Medical and sanitary report of the native army of Madras for the year
Year: 1875
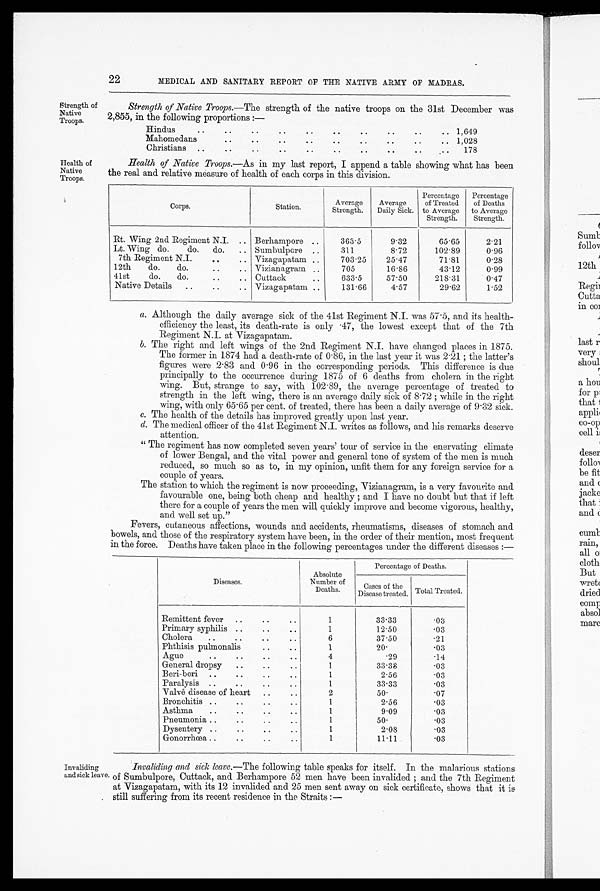
22
MEDICAL AND SANITARY REPORT OF THE NATIVE ARMY OF MADRAS.
Strength of
Native
Troops.
Health of
Native
Troops.
Strength of Native Troops.— The strength of the native troops on the 31st December was
2,855, in the following proportions :—
Hindus
..
..
. .
. . 1,649
Mahomedans
..
..
..
..
..
..
..
..
1,028
Christians
..
..
..
..
..
..
. .
178
Health of Native Troops.—As in my last report, I append a table showing what has been
the real and relative measure of health of each corps in this division.
Corps.
Station.
Average
Strength.
Average
Daily Sick.
Percentage
of Treated
to Average
Strength.
Percentage
of Deaths
to Average
Strength.
Rt. Wing 2nd Regiment N.I.
.. Berhampore ..
363.5
9.32
65.65
2.91
Lt. Wing do.
do.
do.
.. Sumbulpore
..
311
8.72
102.89
0 . 9 6
7th Regiment N.I.
.. ..
Vizagapatam ..
703.25
25.47
71.81
0.28
12th
do.
do.. ..
Vizianagram ..
705
16.86
43.12
0.99
41st
do.
do.. .. . Cuttack
..
633.5
57.50
218.31
0.47
Native Details
.. ..
Vizagapatam ..
131.66
4.57
29.62
1.52
a. Although the daily average sick of the 41st Regiment N.I. Was 57 .5, and its health-
efficiency the least, its death-rate is only .47, the lowest except that of the 7th
Regiment N.I. at Vizagapatam.
b. The right and left wings of the 2nd Regiment N.I. have changed places in 1875.
The former in 1874 had a death-rate of 0 . 86, in the last year it was 2.21 ; the latter’s
figures were 2.83 and 0 . 96 in the corresponding periods. This difference is due
principally to the occurrence during 1875 of 6 deaths from cholera in the right
wing. But, strange to say, with 102.89, the average percentage of treated to
strength in the left wing, there is an average daily sick of 8.72 ; while in the right
wing, with only 65.65 per cent. of treated, there has been a daily average of 9.32 sick.
c .
T h e h e a l t h o f t h e d e t a i l s h a s i m p r o v e d g r e a t l y u p o n l a s t y e a r .
d. The medical officer of the 41st Regiment N.I. writes as follows, and his remarks deserve
attention.
“ T h e r e g i m e n t h a s n o w c o m p l e t e d s e v e n y e a r s ’ t o u r ' o f s e r v i c e i n t h e e n e r v a t i n g c l i m a t e
of lower Bengal, and the vital power and general tone of system of the men is much
reduced, so much so as to, in my opinion, unfit them for any foreign service for a
couple of years.
The station to which the regiment is now proceeding, Vizianagram, is a very favourite and
favourable one, being both cheap and healthy ; and I have no doubt but that if left
there for a couple of years the men will quickly improve and become vigorous, healthy,
and well set up.”
Fevers, cutaneous affections, wounds and accidents, rheumatisms, diseases of stomach and
bowels, and those of the respiratory system have been, in the order of their mention, most frequent
in the force. Deaths have taken place in the following percentages under the different diseases :—
Diseases.
Absolute
Number of
Deaths.
Percentage of Deaths.
Cases of the
Disease treated. Total Treated.
Remittent fever
..
..
..
1
33.33
.03
Primary syphilis ..
..
..
1
1250
.03
Cholera
..
..
..
6
37.50
.21
Phthisis pulmonalis
..
..
1
20.
.03
Ague
..
.. ..
4
.29
.14
General dropsy
..
..
..
1
33.38
.03
Beri-beri
..
..
..
..
1
2.56
.03
Paralysis
..
..
..
..
1
33.33
.03
Valve disease of heart
..
2
50.
.07
Bronchitis ..
..
..
..
1
2.56
.03
Asthma
..
..
..
1
9.09
.03
Pneumonia ..
..
..
..
1
50.
.03
Dysentery ..
..
..
..
1
2.08
.03
Gonorrhœa ..
..
..
1
11.11
.03
Invaliding
and sick leave.
Invaliding and sick leave. —The following table speaks for itself. In the malarious stations
of Sumbulpore, Cuttack, and Berhampore 52 men have been invalided ; and the 7th Regiment
at Vizagapatam, with its 12 invalided and 25 men sent away on sick certificate, shows that it is
still suffering from its recent residence in the Straits :—